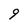
Character: 9